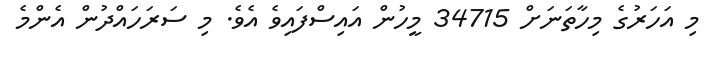
މި އަހަރުގެ މިހާތަނަށް 34715 މީހުން އައިސްފައިވެ އެވެ. މި ސަރަހައްދުން އެންމެ